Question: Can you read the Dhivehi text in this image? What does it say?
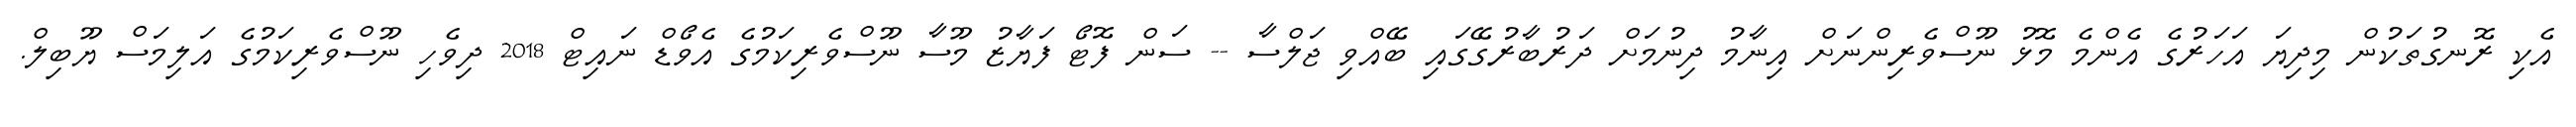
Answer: އެކި ރޮނގުތަކުން މިދިޔަ އަހަރުގެ އެންމެ މޮޅު ނޫސްވެރިންނަށް އިނާމު ދިނުމަށް ދަރުބާރުގޭގައި ބޭއްވި ޖަލްސާ -- ސަން ފޮޓޯ ފަޔާޒު މޫސާ ނޫސްވެރިކަމުގެ އެވޯޑް ނައިޓް 2018 ދިވެހި ނޫސްވެރިކަމުގެ އަލިމަސް ޔޫބިލް.